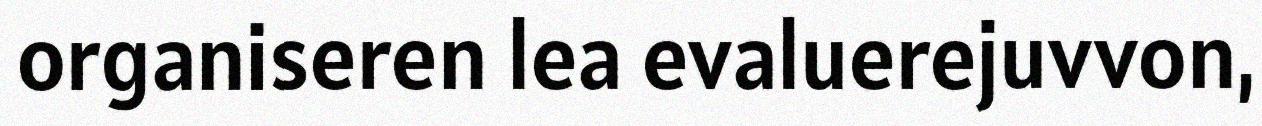
organiseren lea evaluerejuvvon,